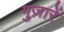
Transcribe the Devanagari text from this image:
गुज़ारें